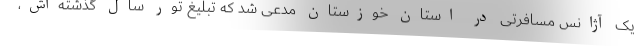
یک آژانس مسافرتی در استان خوزستان مدعی شد که تبلیغ تور سال گذشته‌اش،